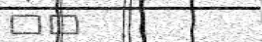
٦٥